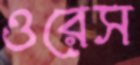
ওরেস